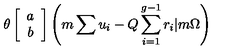
\theta \left[ \begin{array} { c } { a } \\ { b } \\ \end{array} \right] \left( m \sum u _ { i } - Q \sum _ { i = 1 } ^ { g - 1 } r _ { i } | m \Omega \right)